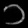
Digit: ၁